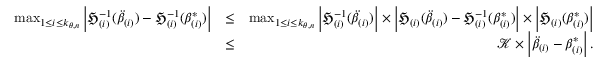
\begin{array} { r l r } { \operatorname* { m a x } _ { 1 \leq i \leq k _ { \theta , n } } \left\vert \mathfrak { H } _ { ( i ) } ^ { - 1 } ( \ddot { \beta } _ { ( i ) } ) - \mathfrak { H } _ { ( i ) } ^ { - 1 } ( \beta _ { ( i ) } ^ { \ast } ) \right\vert } & { \leq } & { \operatorname* { m a x } _ { 1 \leq i \leq k _ { \theta , n } } \left\vert \mathfrak { H } _ { ( i ) } ^ { - 1 } ( \ddot { \beta } _ { ( i ) } ) \right\vert \times \left\vert \mathfrak { H } _ { ( i ) } ( \ddot { \beta } _ { ( i ) } ) - \mathfrak { H } _ { ( i ) } ^ { - 1 } ( \beta _ { ( i ) } ^ { \ast } ) \right\vert \times \left\vert \mathfrak { H } _ { ( i ) } ( \beta _ { ( i ) } ^ { \ast } ) \right\vert } \\ & { \leq } & { \mathcal { K } \times \left\vert \ddot { \beta } _ { ( i ) } - \beta _ { ( i ) } ^ { \ast } \right\vert . } \end{array}